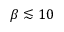
\beta \lesssim 1 0